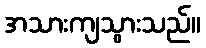
အသားကျသွားသည်။